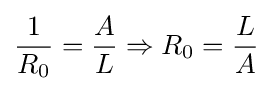
{\frac {1}{R_{0}}}={\frac {A}{L}}\Rightarrow R_{0}={\frac {L}{A}}